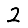
Digit: 2